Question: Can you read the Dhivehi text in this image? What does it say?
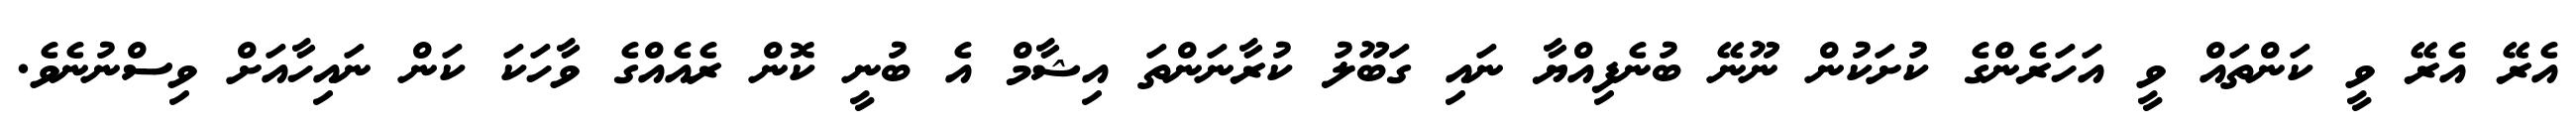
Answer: އެރޭ އެރޭ ވީ ކަންތައް ވީ އަހަރެންގެ ކުށަކުން ނޫނޭ ބުނެފިއްޔާ ނައި ގަބޫލު ކުރާނަންތަ އިޝާމް އެ ބުނީ ކޮން ރެއެއްގެ ވާހަކަ ކަން ނައިހާއަށް ވިސްނުނެވެ.